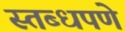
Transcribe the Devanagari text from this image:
स्तब्धपणे